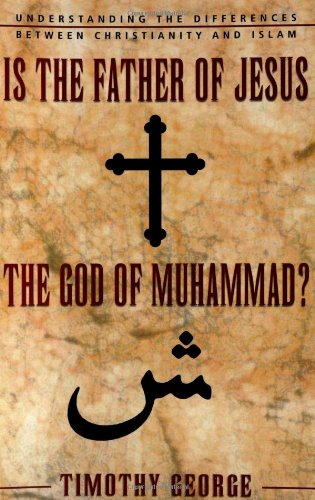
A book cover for Is the Father of Jesus the God of Muhammad?; Timothy George; Religion & Spirituality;